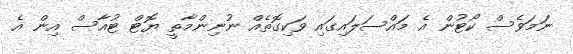
ނަމަވެސް ކޯޓުން އެ މައްސަލައިގައި ވަކިގޮތެއް ނުނިންމާތީ ޔޮޓް ޓުއާސް އިން އެ